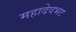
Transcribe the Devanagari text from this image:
महादेवभट